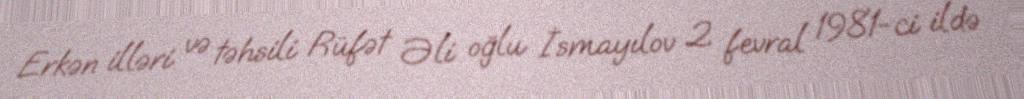
Erkən illəri və təhsili Rüfət Əli oğlu İsmayılov 2 fevral 1981-ci ildə